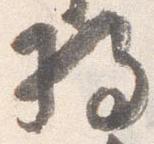
将